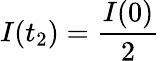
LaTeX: I(t_{2})=\frac{I(0)}{2}